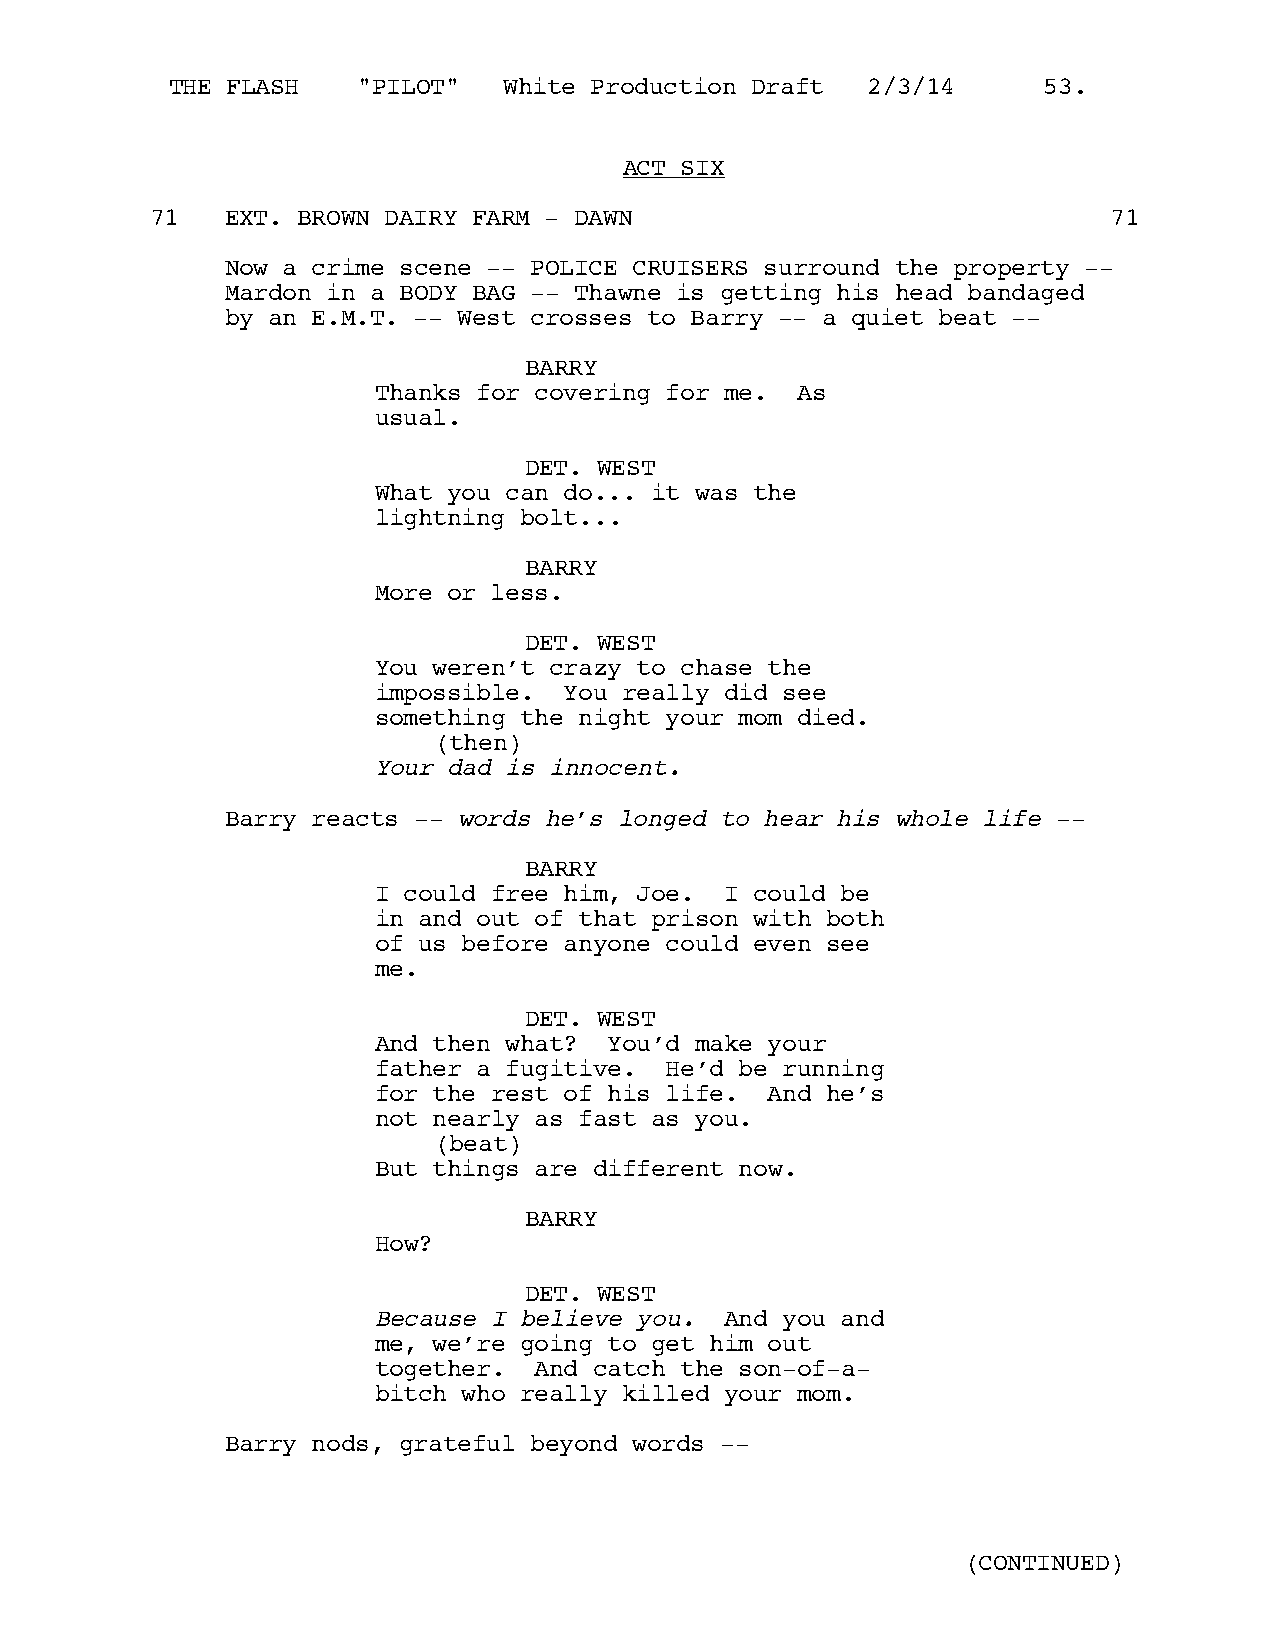
THE FLASH    "PILOT"  White Production Draft  2/3/14      53.
 ACT SIX
 71   EXT. BROWN DAIRY FARM - DAWN                               71
 Now a crime scene -- POLICE CRUISERS surround the property --
 Mardon in a BODY BAG -- Thawne is getting his head bandaged
 by an E.M.T. -- West crosses to Barry -- a quiet beat --
 BARRY
 Thanks for covering for me. As
 usual.
 DET. WEST
 What you can do... it was the
 lightning bolt...
 BARRY
 More or less.
 DET. WEST
 You weren’t crazy to chase the
 impossible. You really did see
 something the night your mom died.
 (then)
 Your dad is innocent.
 Barry reacts -- words he’s longed to hear his whole life --
 BARRY
 I could free him, Joe. I could be
 in and out of that prison with both
 of us before anyone could even see
 me.
 DET. WEST
 And then what? You’d make your
 father a fugitive. He’d be running
 for the rest of his life. And he’s
 not nearly as fast as you.
 (beat)
 But things are different now.
 BARRY
 How?
 DET. WEST
 Because I believe you. And you and
 me, we’re going to get him out
 together. And catch the son-of-a-
 bitch who really killed your mom.
 Barry nods, grateful beyond words --
 (CONTINUED)